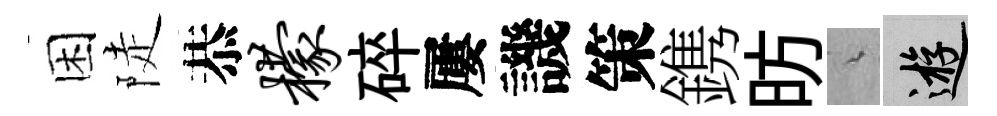
困陡恭檬碎屢譏策鎸昉綿游